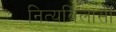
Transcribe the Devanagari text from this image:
नित्यविलासी